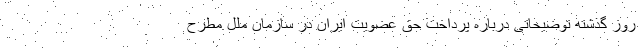
روز گذشته توضیحاتی درباره پرداخت حق عضویت ایران در سازمان ملل مطرح